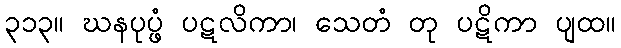
၃၁၃။ ဃနပုပ္ဖံ ပဋလိကာ၊ သေတံ တု ပဋိကာ ပျထ။